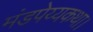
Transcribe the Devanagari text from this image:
मंडपेय्यकथा।